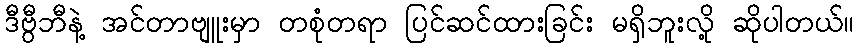
ဒီဗွီဘီနဲ့ အင်တာဗျူးမှာ တစုံတရာ ပြင်ဆင်ထားခြင်း မရှိဘူးလို့ ဆိုပါတယ်။